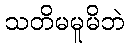
သတိမမူမိဘဲ